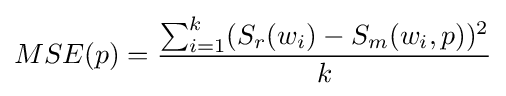
MSE(p)={\dfrac {\sum _{i=1}^{k}(S_{r}(w_{i})-S_{m}(w_{i},p))^{2}}{k}}